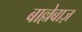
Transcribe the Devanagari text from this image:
बाल्लेबाज़